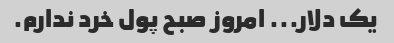
یک دلار... امروز صبح پول خرد ندارم.